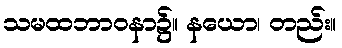
သမထဘာဝနာ၌။ နယော၊ တည်း။